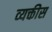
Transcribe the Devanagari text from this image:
व्‍यक्तीस